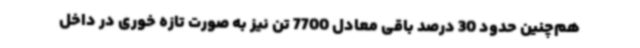
هم‌چنین حدود 30 درصد باقی معادل 7700 تن نیز به صورت تازه خوری در داخل